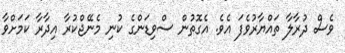
ވެސް ދުރާލާ ތައްޔާރުވެފަ އެވެ. އެގޮތުން ސްވިޑަންގެ ކުނި މެނޭޖްކުރާ އިދާރާ ކަމަށްވާ